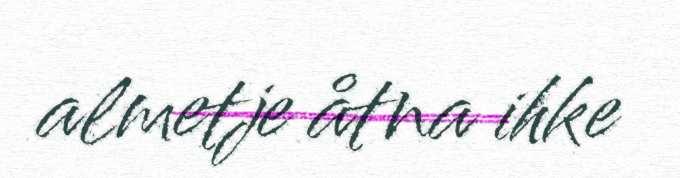
almetje åtna ihke